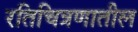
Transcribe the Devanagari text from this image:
रतिचित्रणातील